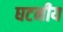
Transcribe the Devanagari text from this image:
घटनीय